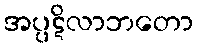
အပ္ပဋိလာဘတော